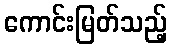
ကောင်းမြတ်သည့်